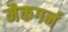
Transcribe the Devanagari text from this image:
मैकगर्न